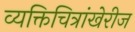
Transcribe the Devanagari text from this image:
व्यक्तिचित्रांखेरीज